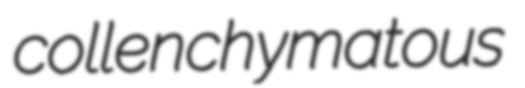
collenchymatous